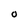
Character: O